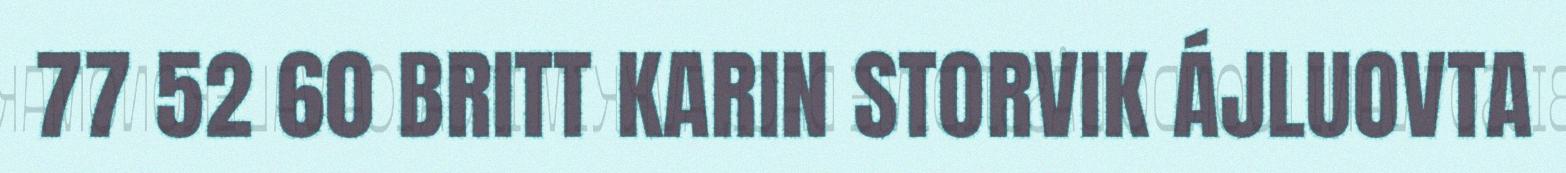
77 52 60 BRITT KARIN STORVIK ÁJLUOVTA